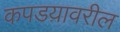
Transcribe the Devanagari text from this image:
कपडय़ावरील